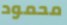
محمود